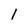
Character: l